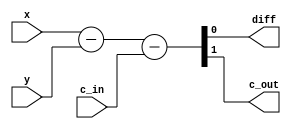
`timescale 1ns / 1ps

module full_subtractor_dataflow(x, y, c_in, diff, c_out);
// I/O port declarations
input x, y, c_in;
output diff, c_out;
// specify the function of a full adder
  assign {c_out, diff} = x - y - c_in;
endmodule